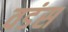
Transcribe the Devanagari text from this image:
वडंस